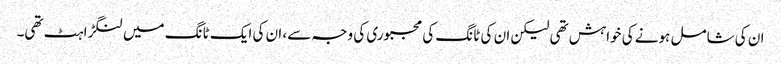
ان کی شامل ہونے کی خواہش تھی لیکن ان کی ٹانگ کی مجبوری کی وجہ سے، ان کی ایک ٹانگ میں لنگڑاہٹ تھی۔